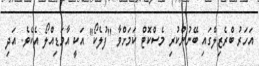
އަހަރު ބްރެޒިލްގައި ބޭނުންކުރި މެސްކޮޓް ކަމަށްވާ "ފުލެކޯ" އަކީ އާމަޑިއްލޯ އެކެވެ. އަދި